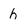
Character: h